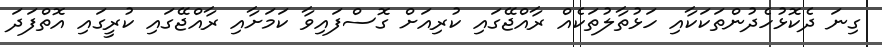
ގިނަ ދެކޮޅުހެދުންތަކަކާއި ހަޅުތާލުތަކެއް ރާއްޖޭގައި ކުރިއަށް ގޮސްފައިވާ ކަމަށާއި ރާއްޖޭގައި ކުރީގައި އޮތްފަދަ